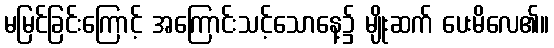
မမြင်ခြင်းကြောင့် အကြောင်းသင့်သောနေ့၌ မျိုးဆက် ပေးမိလေ၏။